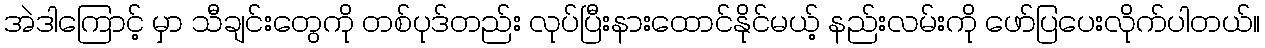
အဲဒါကြောင့် မှာ သီချင်းတွေကို တစ်ပုဒ်တည်း လုပ်ပြီးနားထောင်နိုင်မယ့် နည်းလမ်းကို ဖော်ပြပေးလိုက်ပါတယ်။